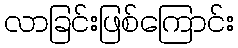
လာခြင်းဖြစ်ကြောင်း